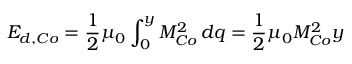
E _ { d , C o } = \frac { 1 } { 2 } \mu _ { 0 } \int _ { 0 } ^ { y } M _ { C o } ^ { 2 } \, d q = \frac { 1 } { 2 } \mu _ { 0 } M _ { C o } ^ { 2 } y